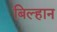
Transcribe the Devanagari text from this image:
बिल्हान